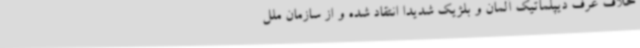
خلاف عرف دیپلماتیک آلمان و بلژیک شدیداً انتقاد شده و از سازمان ملل